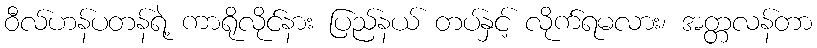
ဝီလ်ဟန်ပတန်ရဲ့ ကာရိုလိုင်နား ပြည်နယ် တပ်နှင့် လိုက်ရမလား၊ အတ္တလန်တာ